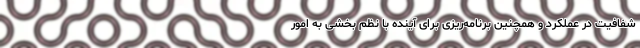
شفافیت در عملکرد و همچنین برنامه‌ریزی برای آینده با نظم بخشی به امور